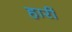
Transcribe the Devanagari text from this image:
हारीं